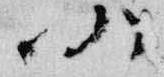
仍